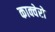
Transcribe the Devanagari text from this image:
काक्वेरो